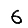
Digit: 6